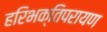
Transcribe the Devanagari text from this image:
हरिभक्तिपरायण